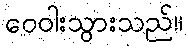
ဝေဝါးသွားသည်။